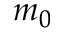
m _ { 0 }